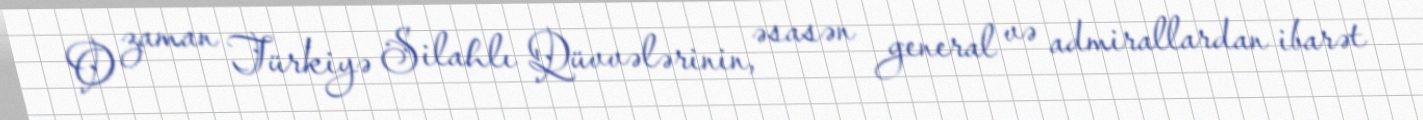
O zaman Türkiyə Silahlı Qüvvələrinin, əsasən general və admirallardan ibarət